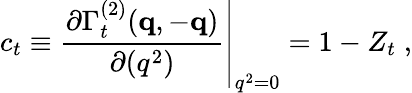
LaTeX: c_{t}\equiv\left.\frac{\partial\Gamma_{t}^{(2)}({\mathbf{q}},-{\mathbf{q}})}{\partial(q^{2})}\right|_{q^{2}=0}=1-Z_{t}\; ,